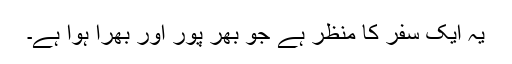
یہ ایک سفر کا منظر ہے جو بھر پور اور بھرا ہوا ہے۔